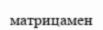
матрицамен